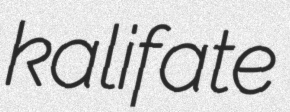
kalifate